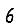
Digit: 6